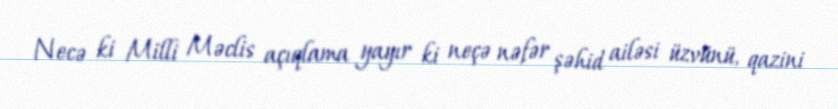
Necə ki Milli Məclis açıqlama yayır ki neçə nəfər şəhid ailəsi üzvünü, qazini